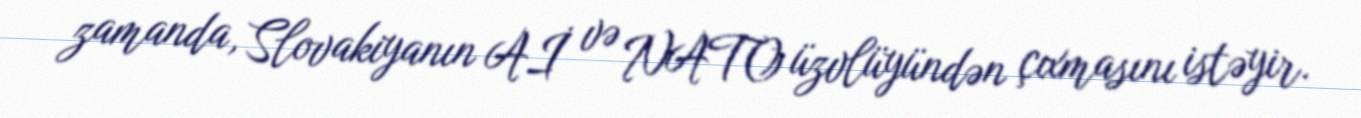
zamanda, Slovakiyanın Aİ və NATO üzvlüyündən çıxmasını istəyir.